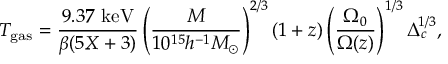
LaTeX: T _ { \mathrm { g a s } } = \frac { 9 . 3 7 \ \mathrm { k e V } } { \beta ( 5 X + 3 ) } \left( \frac { M } { 1 0 ^ { 1 5 } h ^ { - 1 } M _ { \odot } } \right) ^ { 2 / 3 } ( 1 + z ) \left( \frac { \Omega _ { 0 } } { \Omega ( z ) } \right) ^ { 1 / 3 } \Delta _ { c } ^ { 1 / 3 } ,